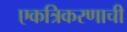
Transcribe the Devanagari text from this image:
एकत्रिकरणाची